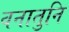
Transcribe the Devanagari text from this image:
वनातुनि